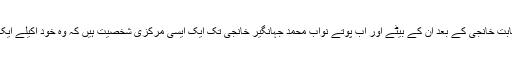
ریاست جونا گڑھ کے نواب مہابت خانجی کے بعد ان کے بیٹے اور اب پوتے نواب محمد جہانگیر خانجی تک ایک ایسی مرکزی شخصیت ہیں کہ وہ خود اکیلے ایک تحریک حریت کی طرح ہیں۔